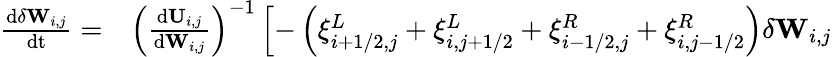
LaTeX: \begin{array}{rl}{\frac{\mathrm{d}\delta\mathbf{W}_{i,j}}{\mathrm{dt}}=}&{{}\left(\frac{\mathrm{d}\mathbf{U}_{i,j}}{\mathrm{d}{\mathbf{W}_{i,j}}}\right)^{-1}\left[-\left(\xi_{i+1/2,j}^{L}+\xi_{i,j+1/2}^{L}+\xi_{i-1/2,j}^{R}+\xi_{i,j-1/2}^{R}\right)\delta\mathbf{W}_{i,j}\right.}\end{array}